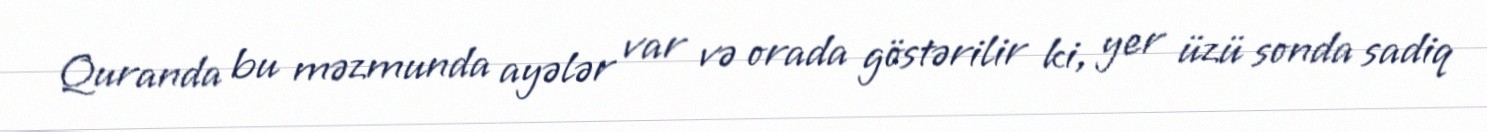
Quranda bu məzmunda ayələr var və orada göstərilir ki, yer üzü sonda sadiq